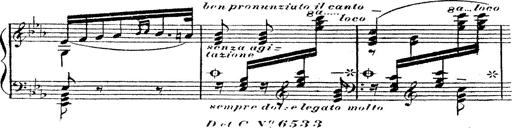
Title: 12 Lieder von Franz Schubert
Composer: Franz Liszt